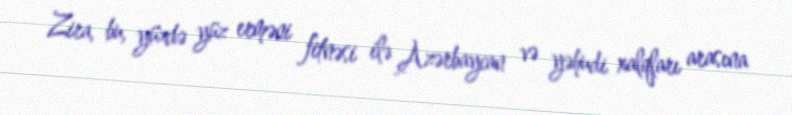
Zira, bu, yüzdə yüz erməni fitnəsi ilə Azərbaycan və yəhudi xalqları arasına